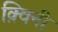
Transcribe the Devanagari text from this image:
क़्विनी